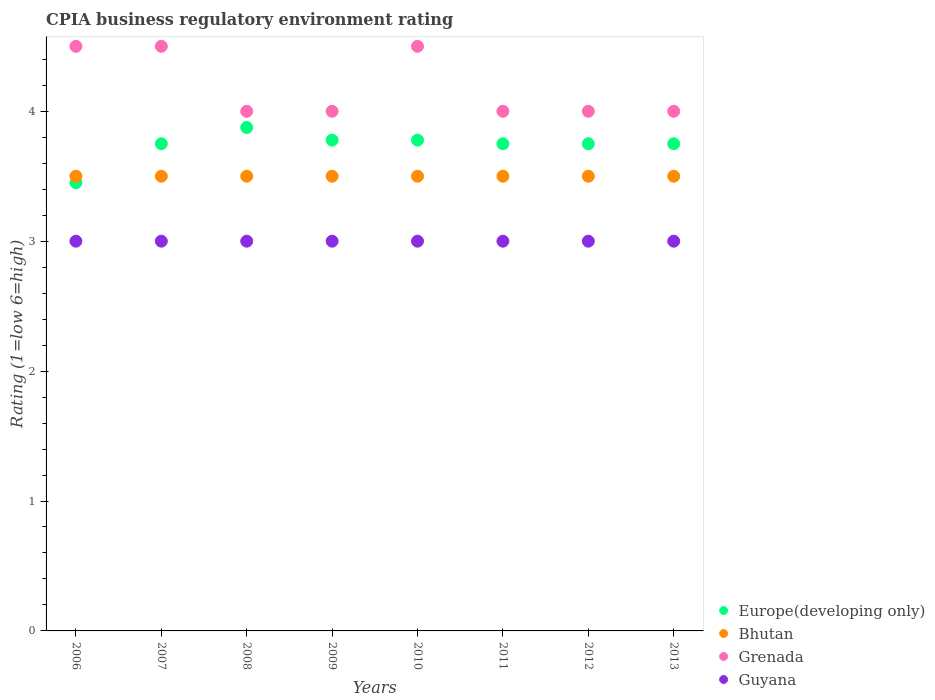
| Years | Europe(developing only) | Bhutan | Grenada | Guyana |
 | --- | --- | --- | --- | --- |
 | 2006 | 3.45 | 3.5 | 4.5 | 3 |
 | 2007 | 3.75 | 3.5 | 4.5 | 3 |
 | 2008 | 3.88 | 3.5 | 4 | 3 |
 | 2009 | 3.78 | 3.5 | 4 | 3 |
 | 2010 | 3.78 | 3.5 | 4.5 | 3 |
 | 2011 | 3.75 | 3.5 | 4 | 3 |
 | 2012 | 3.75 | 3.5 | 4 | 3 |
 | 2013 | 3.75 | 3.5 | 4 | 3 |